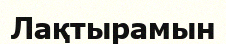
Лақтырамын